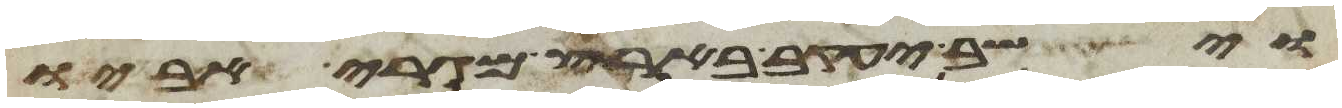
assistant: וישב יעקב בארץ מגרי אביו